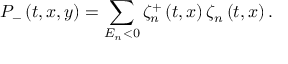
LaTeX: P _ { - } \left( t , x , y \right) = \sum _ { E _ { n } < 0 } \zeta _ { n } ^ { + } \left( t , x \right) \zeta _ { n } \left( t , x \right) .